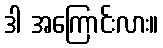
ဒါ အကြောင်းလား။